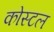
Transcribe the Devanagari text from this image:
कोस्‍टल